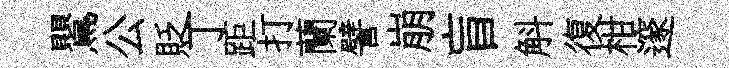
鸎公貶丁距打蘭譬崩盲斛復柑邃